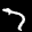
Label: 7